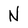
Character: N